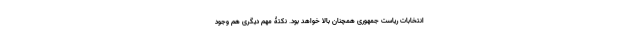
انتخابات ریاست جمهوری همچنان بالا خواهد بود. نکتۀ مهم دیگری هم وجود